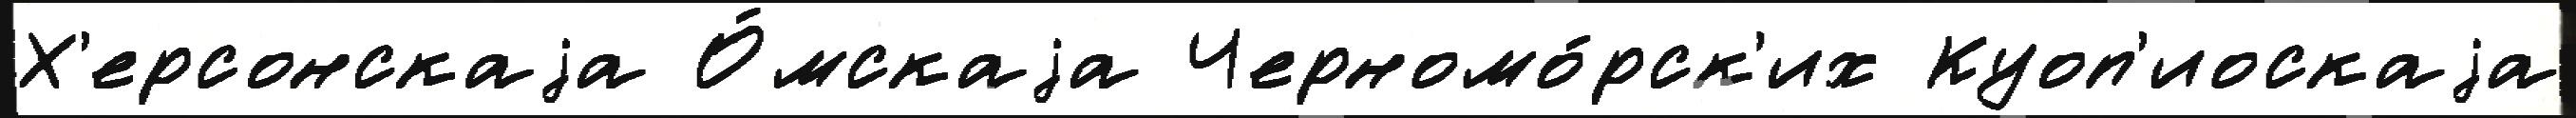
Х'ерсонскаjа О́мскаjа Черномо́рск'их Куоп'иоскаjа